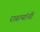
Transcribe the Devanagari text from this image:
रास्त्यांनी